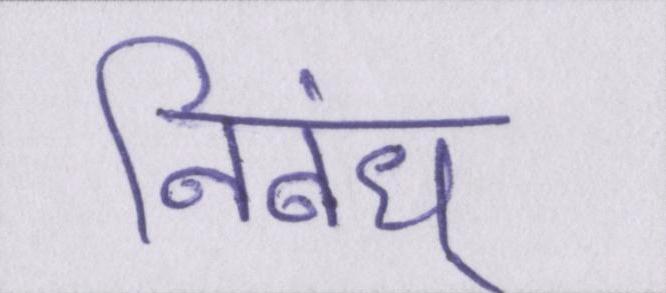
निबंध्